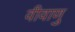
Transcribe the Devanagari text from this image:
वीवाणु